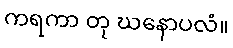
ကရကာ တု ဃနောပလံ။